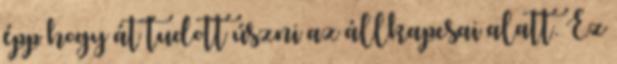
épp hogy át tudott úszni az állkapcsai alatt. Ez